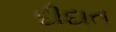
દીદાત